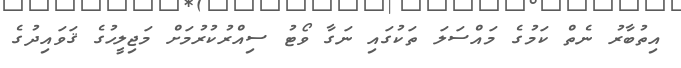
އިތުބާރު ނެތް ކަމުގެ މައްސަލަ ތަކުގައި ނަގާ ވޯޓު ސިއްރުކުރުމަށް މަޖިލީހުގެ ޤަވައިދުގެ